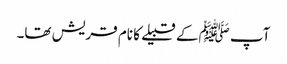
آپ ﷺکے قبیلے کا نام قریش تھا۔